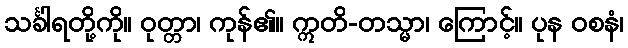
သင်္ခါရတို့ကို။ ဝုတ္တာ၊ ကုန်၏။ ဣတိ-တသ္မာ၊ ကြောင့်။ ပုန ဝစနံ၊